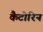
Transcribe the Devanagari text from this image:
कैटोरिन